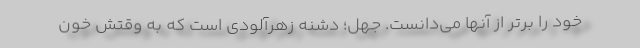
خود را برتر از آنها می‌دانست. جهل؛ دشنه زهرآلودی است که به وقتش خون